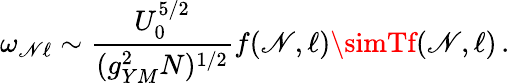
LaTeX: \omega_{\mathscr{N}\ell}\sim{\frac{{U_{0}^{5/2}}}{{(g_{YM}^{2}N)^{1/2}}}}f(\mathscr{N},\ell)\simTf(\mathscr{N},\ell)\, .